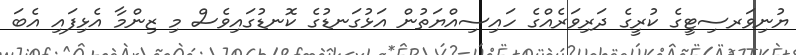
ޔުނިވަރސިޓީގެ ކުރީގެ ދަރިވަރެއްގެ ހައިސިއްޔަތުން އަޅުގަނޑުގެ ކޮނޑުގައިވެސް މި ޒިންމާ އެޅިފައި އެބަ